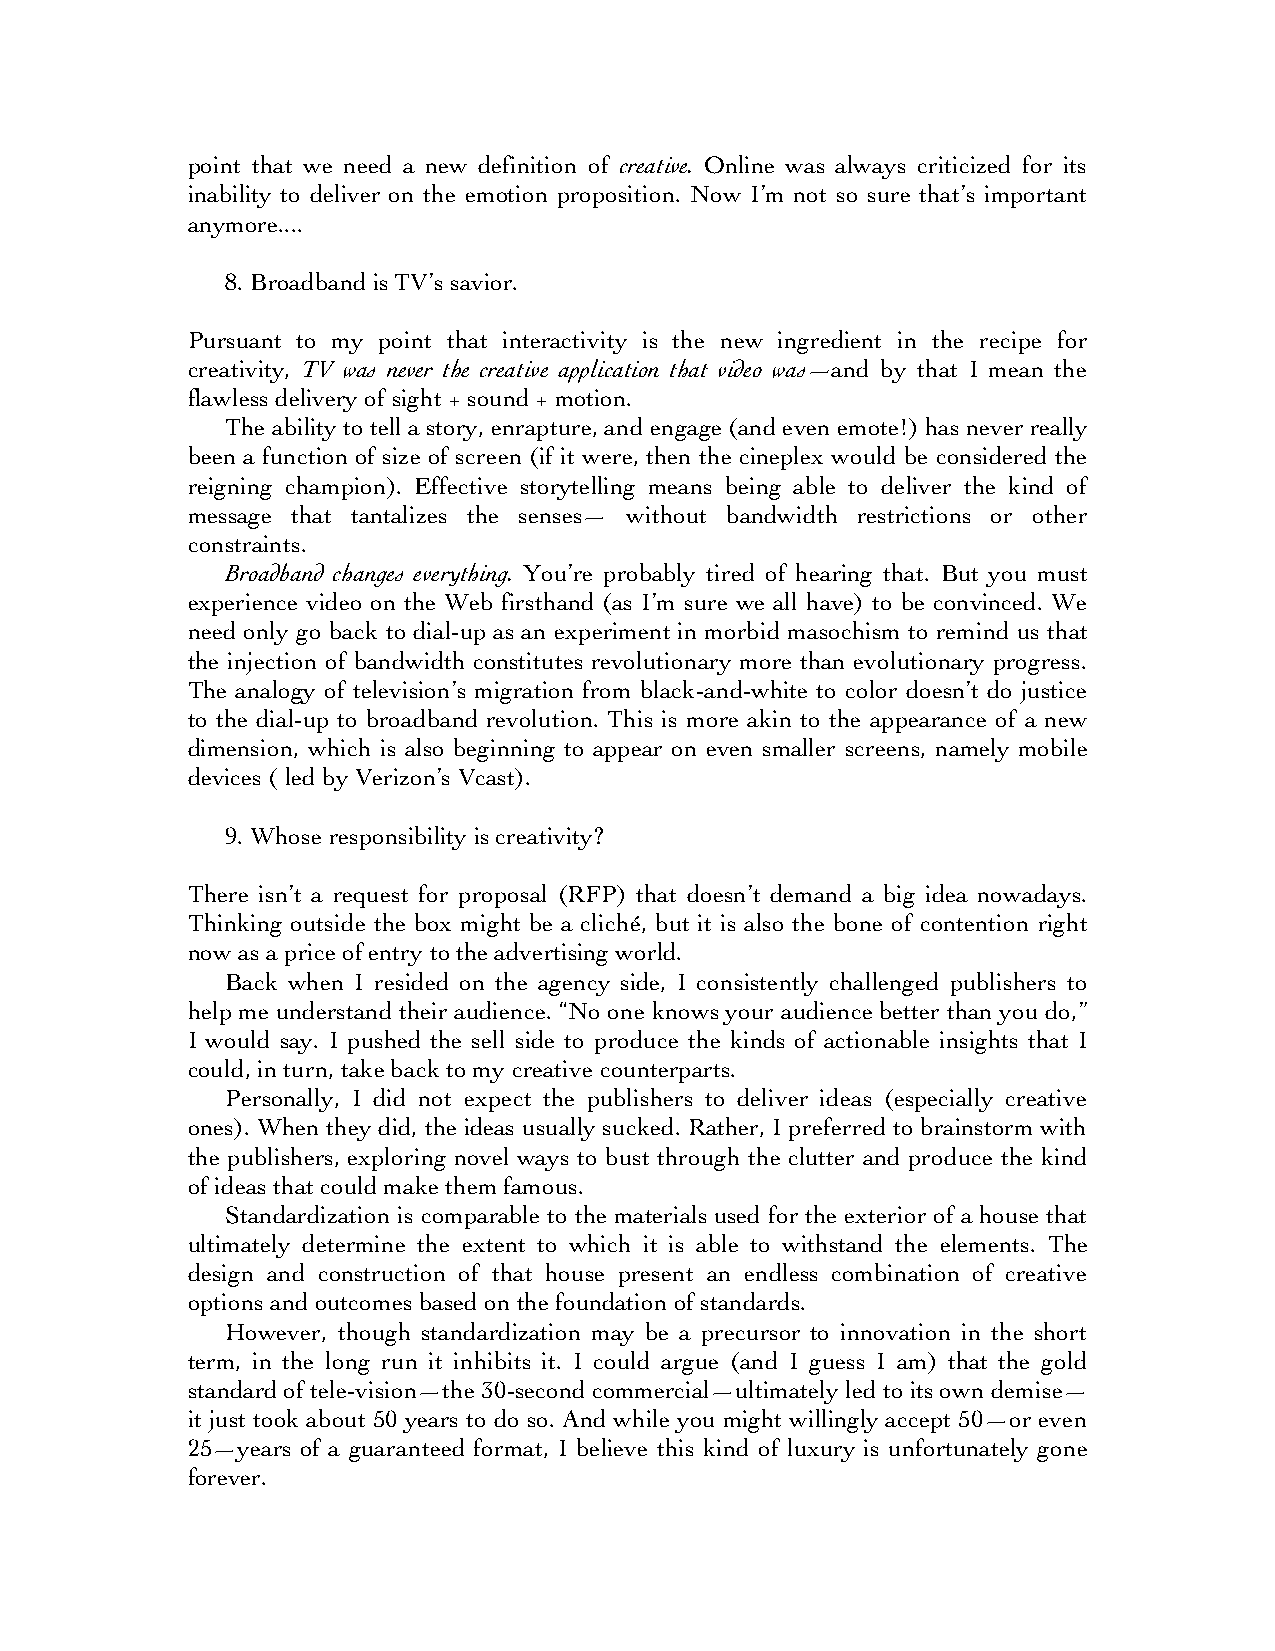
point that we need a new definition of creative. Online was always criticized for its
 inability to deliver on the emotion proposition. Now I’m not so sure that’s important
 anymore....
 8. Broadband is TV’s savior.
 Pursuant to my point that interactivity is the new ingredient in the recipe for
 creativity, TV was never the creative application that video was—and by that I mean the
 flawless delivery of sight + sound + motion.
 The ability to tell a story, enrapture, and engage (and even emote!) has never really
 been a function of size of screen (if it were, then the cineplex would be considered the
 reigning champion). Effective storytelling means being able to deliver the kind of
 message that tantalizes the senses— without bandwidth restrictions or other
 constraints.
 Broadband changes everything. You’re probably tired of hearing that. But you must
 experience video on the Web firsthand (as I’m sure we all have) to be convinced. We
 need only go back to dial-up as an experiment in morbid masochism to remind us that
 the injection of bandwidth constitutes revolutionary more than evolutionary progress.
 The analogy of television’s migration from black-and-white to color doesn’t do justice
 to the dial-up to broadband revolution. This is more akin to the appearance of a new
 dimension, which is also beginning to appear on even smaller screens, namely mobile
 devices ( led by Verizon’s Vcast).
 9. Whose responsibility is creativity?
 There isn’t a request for proposal (RFP) that doesn’t demand a big idea nowadays.
 Thinking outside the box might be a cliché, but it is also the bone of contention right
 now as a price of entry to the advertising world.
 Back when I resided on the agency side, I consistently challenged publishers to
 help me understand their audience. “No one knows your audience better than you do,”
 I would say. I pushed the sell side to produce the kinds of actionable insights that I
 could, in turn, take back to my creative counterparts.
 Personally, I did not expect the publishers to deliver ideas (especially creative
 ones). When they did, the ideas usually sucked. Rather, I preferred to brainstorm with
 the publishers, exploring novel ways to bust through the clutter and produce the kind
 of ideas that could make them famous.
 Standardization is comparable to the materials used for the exterior of a house that
 ultimately determine the extent to which it is able to withstand the elements. The
 design and construction of that house present an endless combination of creative
 options and outcomes based on the foundation of standards.
 However, though standardization may be a precursor to innovation in the short
 term, in the long run it inhibits it. I could argue (and I guess I am) that the gold
 standard of tele-vision—the 30-second commercial—ultimately led to its own demise—
 it just took about 50 years to do so. And while you might willingly accept 50—or even
 25—years of a guaranteed format, I believe this kind of luxury is unfortunately gone
 forever.